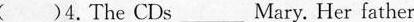
( )4.The CDs___ Mary. Her father